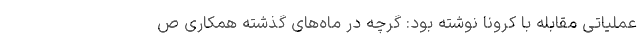
عملیاتی مقابله با کرونا نوشته بود: گرچه در ماه‌های گذشته همکاری ص